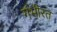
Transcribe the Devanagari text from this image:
गंभीरत